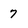
Character: 7